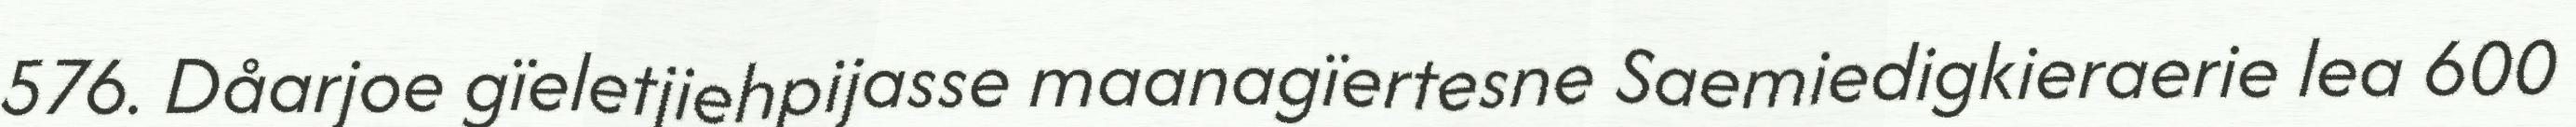
576. Dåarjoe gïeletjiehpijasse maanagïertesne Saemiedigkieraerie lea 600